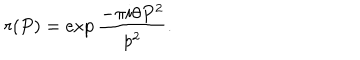
r ( P ) = \exp { \frac { - \pi i \theta P ^ { 2 } } { p ^ { 2 } } } .